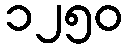
၁၂၅၀